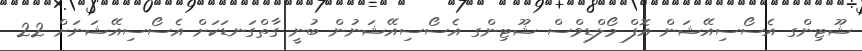
ޝޫޓިންގ އެސޯސިއޭޝަން އޮފް މޯލްޑިވްސް ޝޫޓިންގ އެސޯސިއޭޝަނުން ބުނީ ގާތްގަނޑަކަށް އެސޯސިއޭޝަނަށް 22